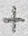
Text: +